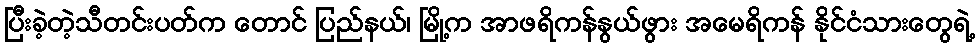
ပြီးခဲ့တဲ့သီတင်းပတ်က တောင် ပြည်နယ်၊ မြို့က အာဖရိကန်နွယ်ဖွား အမေရိကန် နိုင်ငံသားတွေရဲ့